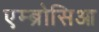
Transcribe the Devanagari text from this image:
एम्ब्रोसिआ